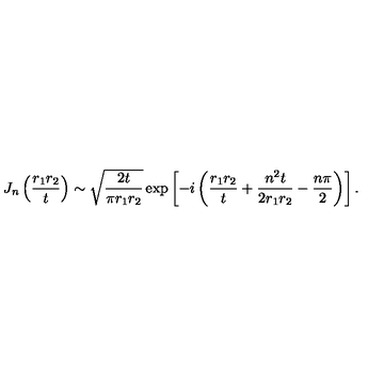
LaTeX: J _ { n } \left( \frac { r _ { 1 } r _ { 2 } } { t } \right) \sim \sqrt { \frac { 2 t } { \pi r _ { 1 } r _ { 2 } } } \exp \left[ - i \left( \frac { r _ { 1 } r _ { 2 } } { t } + \frac { n ^ { 2 } t } { 2 r _ { 1 } r _ { 2 } } - \frac { n \pi } { 2 } \right) \right] .